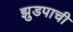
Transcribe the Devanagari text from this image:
झुडपाची